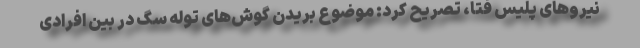
نیروهای پلیس فتا، تصریح کرد: موضوع بریدن گوش‌های توله سگ در بین افرادی